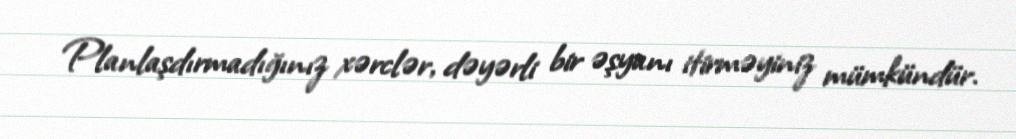
Planlaşdırmadığınız xərclər, dəyərli bir əşyanı itirməyiniz mümkündür.